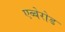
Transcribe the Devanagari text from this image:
एब्बेरोड